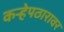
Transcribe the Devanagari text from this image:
कऱ्हेपठारावर